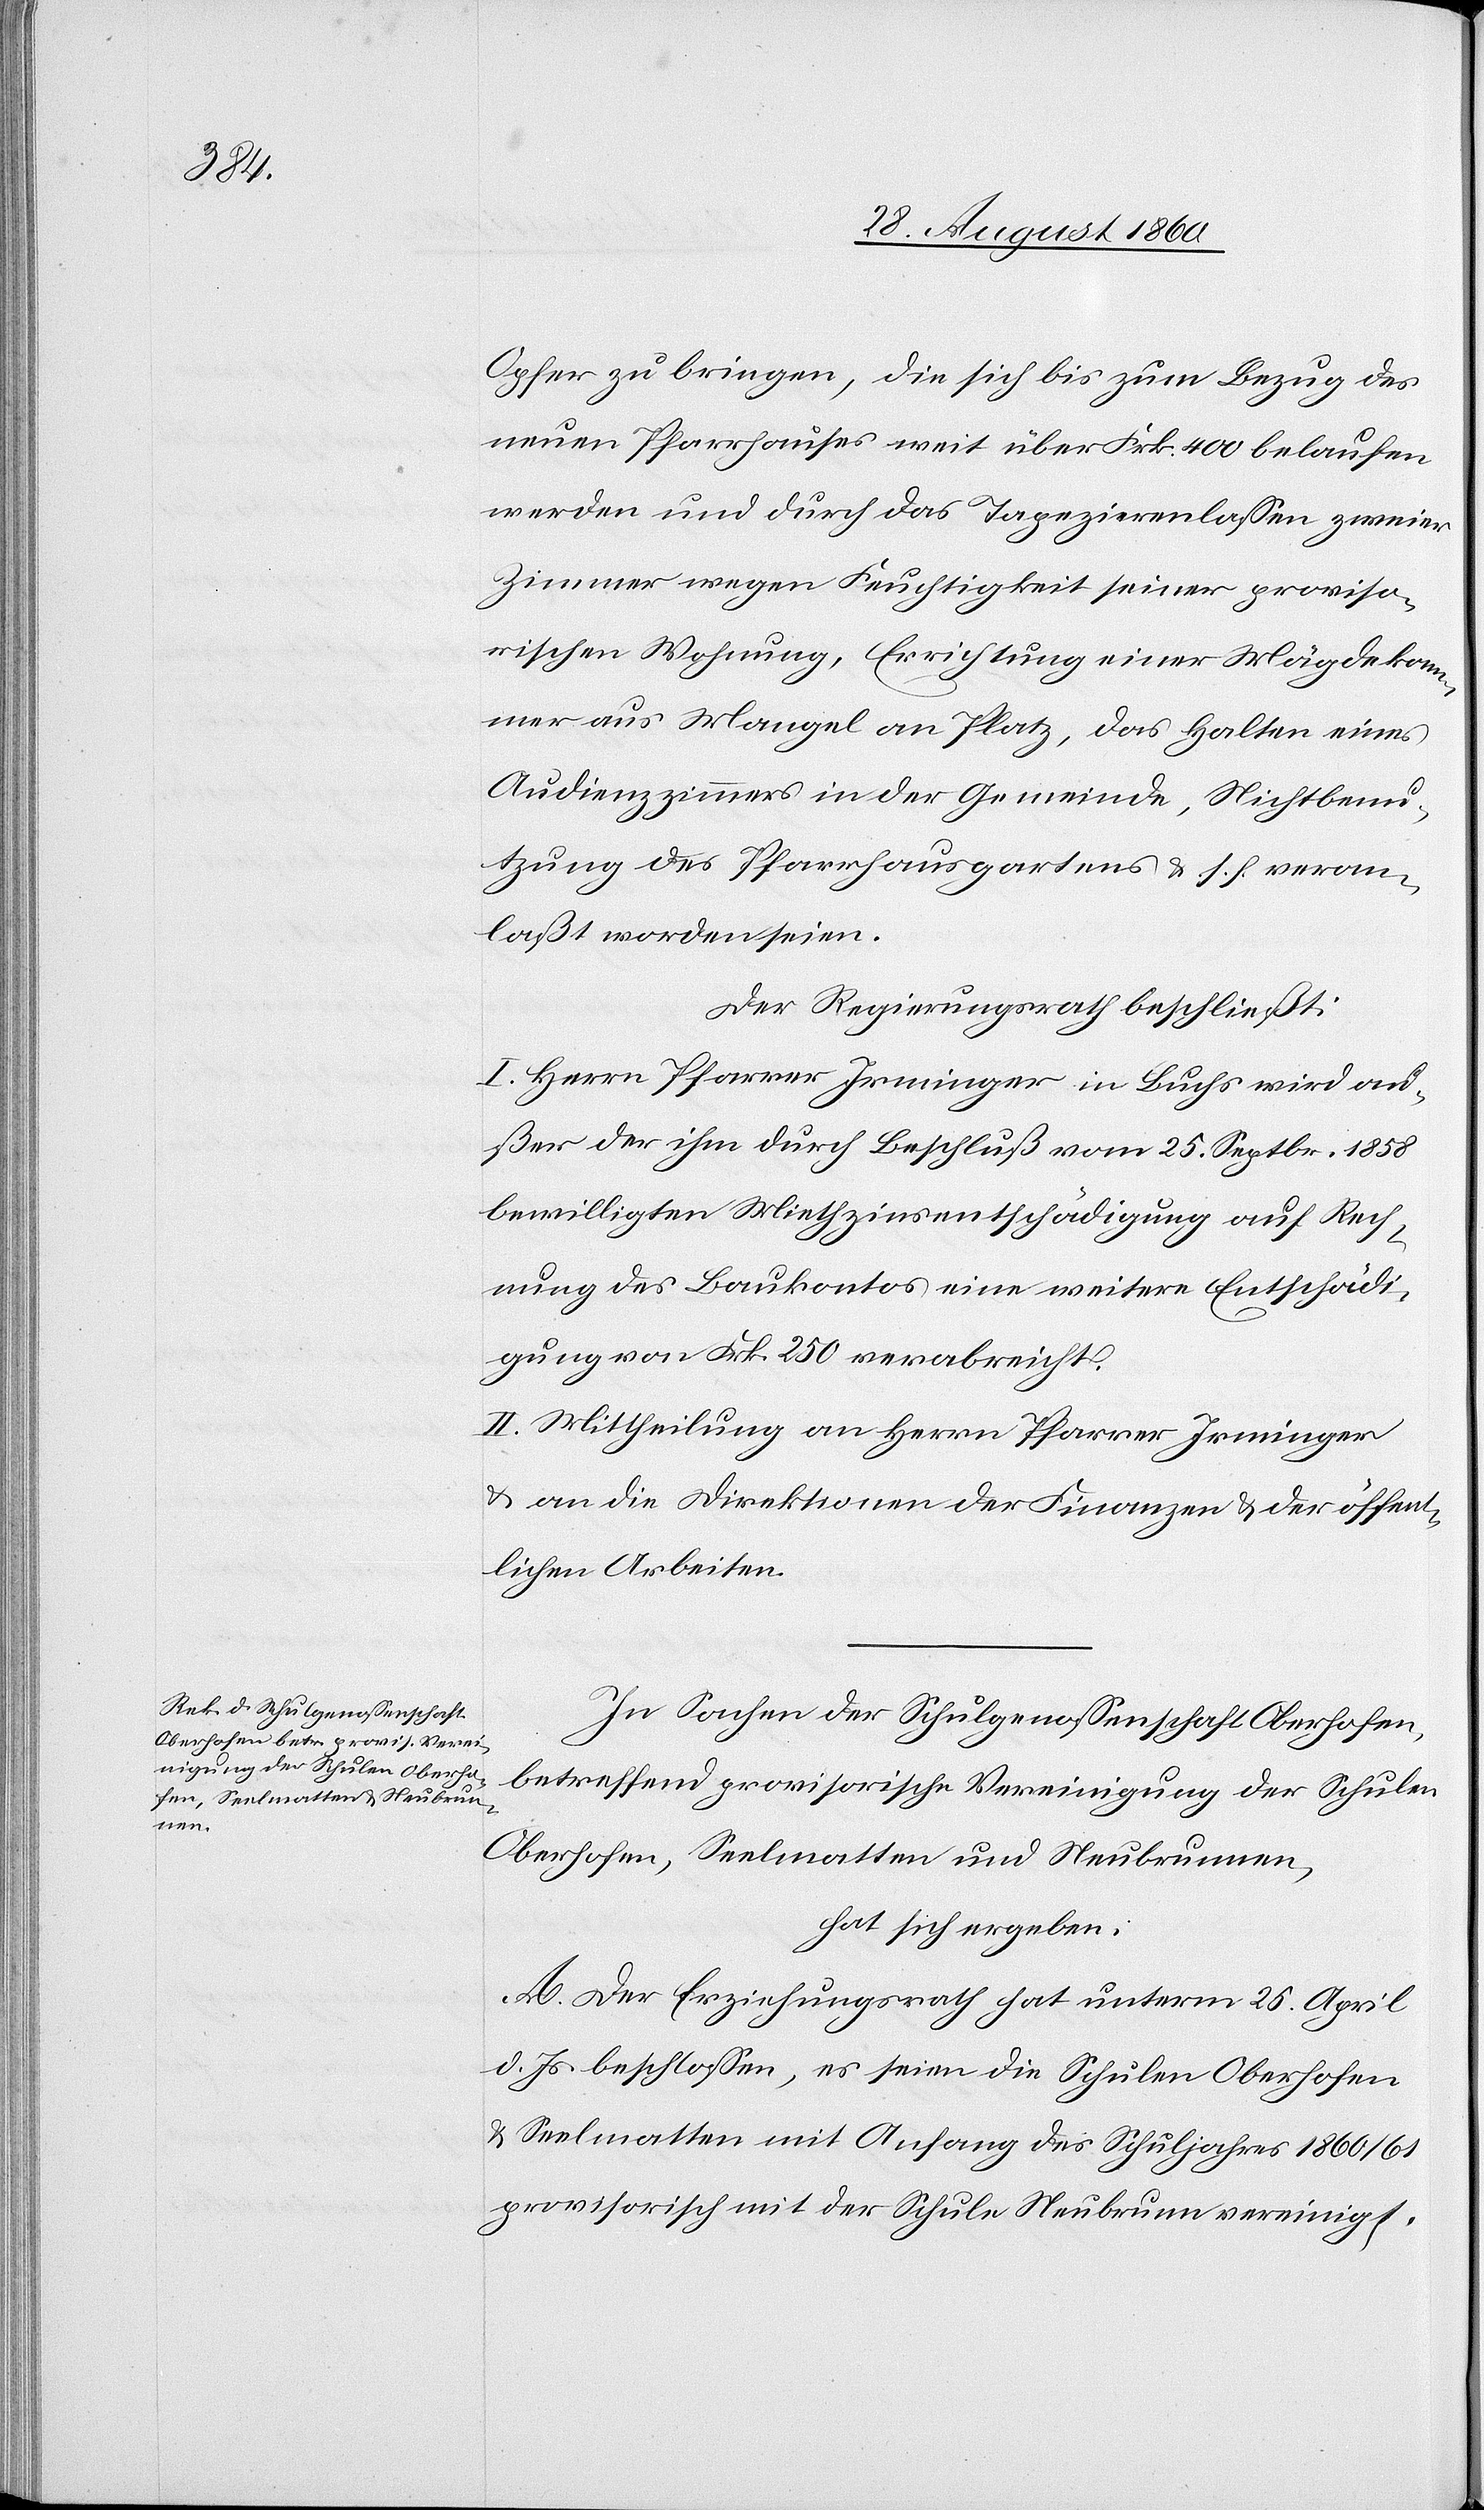
bringen,

neuen Pfarrhauses weit über Frk. 400 belaufen
werden und durch das Tapezieren lassen zweier
Zimmer wegen Feuchtigkeit seiner proviso¬
rischen Wohnung, Errichtung einer Mägdekam¬
mer aus Mangel an Platz, das Halten eines
Audienzzimmers in der Gemeinde, Nichtbenu¬
tzung des Pfarrhausgartens u. s. f. veran¬
lasst worden seien.
Der Regierungsrath beschliesst:
I. Herrn Pfarrer Irminger in Buchs wird aus¬
ser der ihm durch Beschluss vom 25. September 1858
bewilligten Miethzinsentschädigung auf Rech¬
nung des Baukontos eine weitere Entschädi¬
gung von Frk. 250 verabreicht.
II. Mittheilung an Herrn Pfarrer Irminger
u. an die Direktionen der Finanzen und der öffent¬
lichen Arbeiten.
In Sachen der Schulgenossenschaft Oberhofen
betreffend provisorische Vereinigung der Schulen
Oberhofen, Seelmatten u. Neubrunnen
hat sich ergeben:
A. Der Erziehungsrath hat unterm 25. April
d. Js. beschlossen, es seien die Schulen Oberhofen
u. Seelmatten mit Anfang des Schuljahres 1860/61
provisorisch mit der Schule Neubrunn[en] vereinigt.